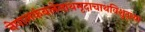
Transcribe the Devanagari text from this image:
नेपालकंबलेनाथमृदाचाथविशुद्ध्या